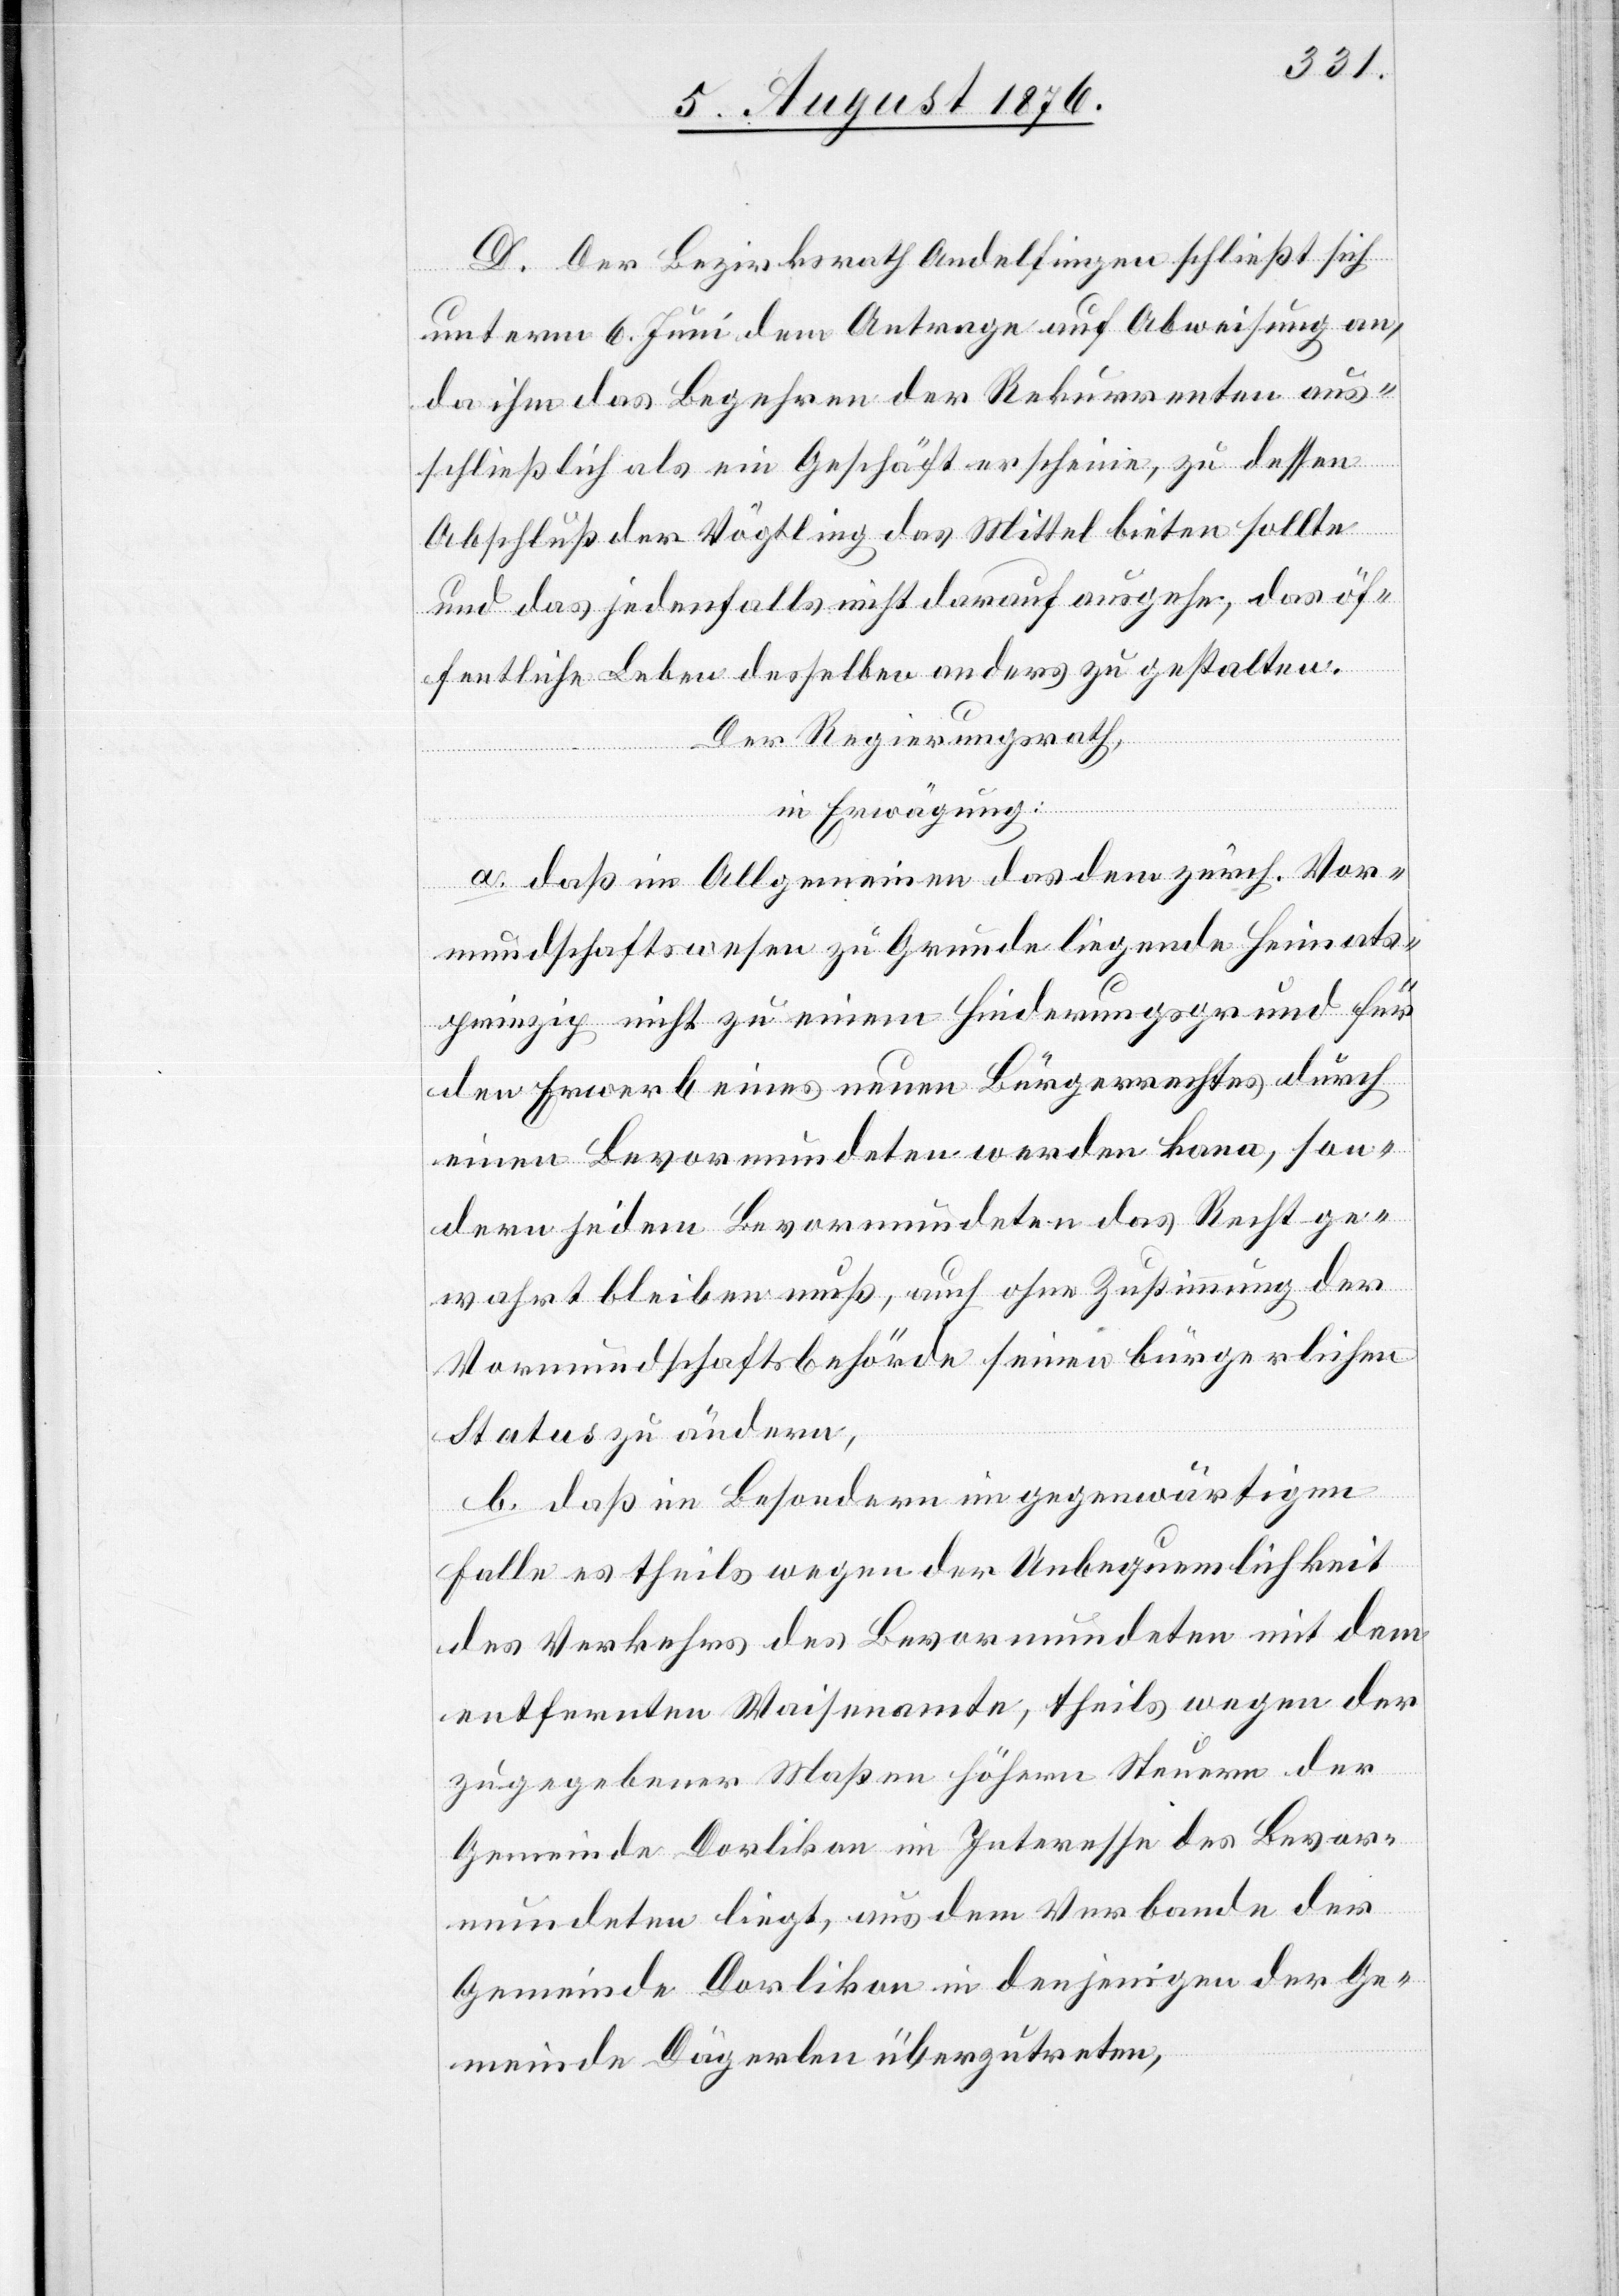
D. Der Bezirksrath Andelfingen schließt sich
unterm 6. Juni dem Antrage auf Abweisung an,
da ihm das Begehren der Rekurrenten aus¬
schließlich als ein Geschäft erscheine, zu dessen
Abschluß der Vögtling das Mittel bieten sollte
und das jedenfalls nicht darauf ausgehe, das öf¬
fentliche Leben desselben anders zu gestalten.
Der Regierungsrath,
in Erwägung:
a. daß im Allgemeinen das dem zürch. Vor¬
mundschaftswesen zu Grunde liegende Heimats¬
prinzip nicht zu einem Hinderungsgrund für
den Erwerb eines neuen Bürgerrechtes durch
einen Bevormundeten werden kann, son¬
dern jedem Bevormundeten das Recht ge¬
wahrt bleiben muß, auch ohne Zustimmung der
Vormundschaftsbehörde seinen bürgerlichen
Status zu ändern,
b. daß im Besondern im gegenwärtigen
Falle es theils wegen der Unbequemlichkeit
des Verkehrs des Bevormundeten, theils
zugegebener Maßen höhern Steuern der
Gemeinde Dorlikon im Interesse des Bevor¬
mundeten liegt, aus dem Verbande der
Gemeinde Dorlikon in denjenigen der Ge¬
meinde Dägerlen überzutreten,